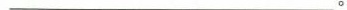
__________________。